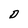
Character: D